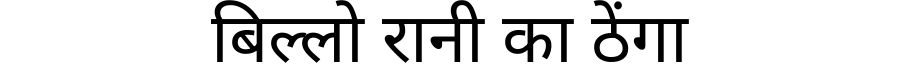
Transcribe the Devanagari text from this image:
बिल्लो रानी का ठेंगा